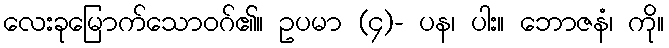
လေးခုမြောက်သောဝဂ်၏။ ဥပမာ (၄)- ပန၊ ပါး။ ဘောဇနံ၊ ကို။